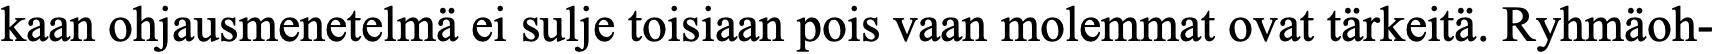
kaan ohjausmenetelmä ei sulje toisiaan pois vaan molemmat ovat tärkeitä. Ryhmäoh-